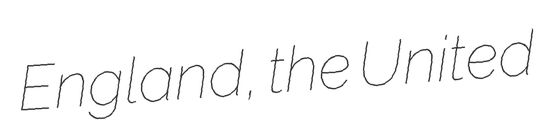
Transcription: England, the United